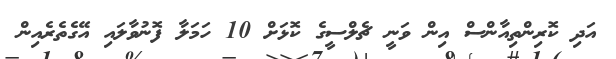
އަދި ކޮރިންތިއާންސް އިން ވަނީ ޗެލްސީގެ ކޮޅަށް 10 ހަމަލާ ފޮނުވާލައި އޭގެތެރެއިން